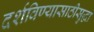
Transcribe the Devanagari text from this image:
दर्शविण्यासाठीसुद्धा